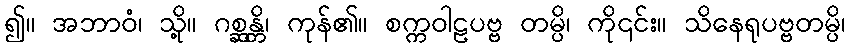
၍။ အဘာဝံ၊ သို့။ ဂစ္ဆန္တိ၊ ကုန်၏။ စက္ကဝါဠပဗ္ဗ တမ္ပိ၊ ကို၎င်း။ သိနေရုပဗ္ဗတမ္ပိ၊